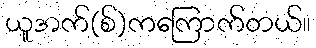
ယူအက်(စ်)ကကြောက်တယ်။